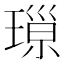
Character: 𱯛